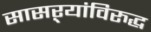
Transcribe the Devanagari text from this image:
सासऱ्यांविरुद्ध